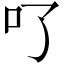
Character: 𠮩